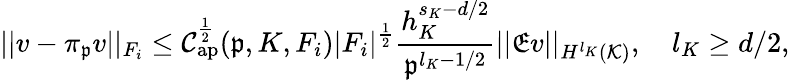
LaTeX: ||v-\pi_{\mathfrak{p}}v||_{F_{i}}\le\mathcal{C}_{\mathrm{ap}}^{\frac{1}{2}}(\mathfrak{p},K,F_{i})|F_{i}|^{\frac{1}{2}}\frac{h_{K}^{s_{K}-d/2}}{\mathfrak{p}^{l_{K}-1/2}}||\mathfrak{E}v||_{H^{l_{K}}(\mathcal{K})},\quad l_{K}\ge d/2,